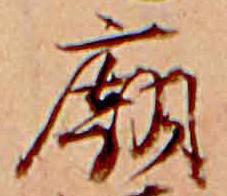
廟